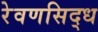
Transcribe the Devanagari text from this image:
रेवणसिद्ध